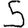
Digit: 5